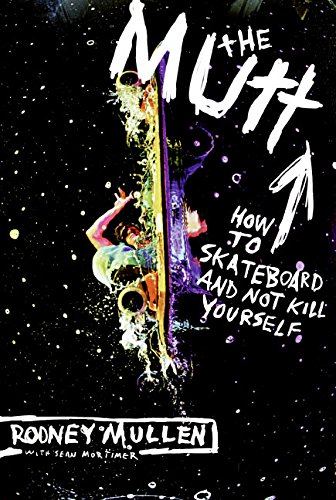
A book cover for The Mutt: How to Skateboard and Not Kill Yourself; Rodney Mullen; Sports & Outdoors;